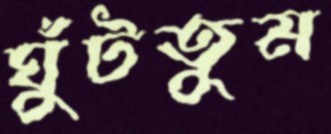
ঘুঁটতুম